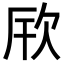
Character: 𪴪